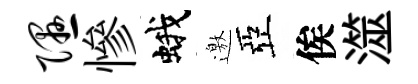
隰慘蛾邀亞俟澨